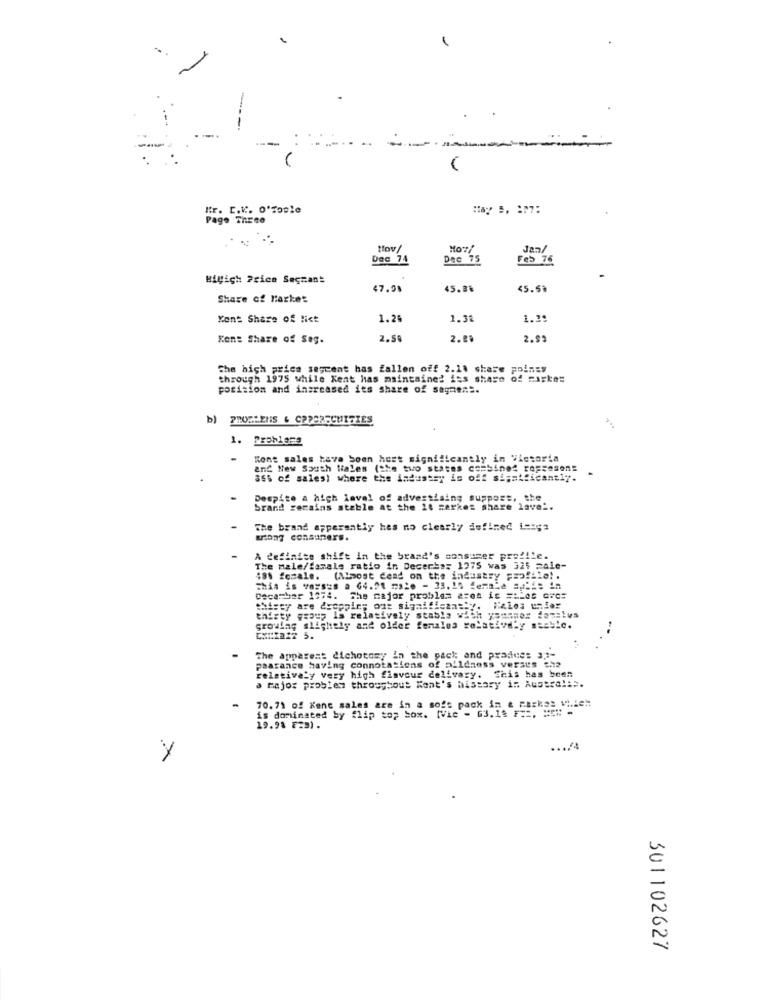
Kr. C.K .. O'toole
Pago ThEne
tov/
Jan/
Dec 74
Dec 75
Feb 76
Bigich Price Seçcant
47.98
45.8%
Share of Market
Kent Share of Niet
1.26
1.38
1.29
Kens Share of seg.
2.50
2.89
2.93
The high price sescent has fallen off 2.14 share points
through 1975 while Kent has maintained its share of carke=
position and increased its share of sagaen".
b) PROBLEMS & CPRORECUITIES
1. Prohlars
-
Kont sales hava Soon hest significantly in Victoria
and New South Wales (the two states combined rop;esen:
ass of sales) where the industry is off significantly.
Despite a high level of advertising support, the
brand zerains stable at the 24 zerkes share lave ..
The brand apperantly hes no clearly defined Lesga
A definite shift In the brand's consumer profile.
The male/famale ratio in Decerta: 1275 was 325 2ale-
481 female. (Almost dead on the industry profile !.
This is verses a 64.51 male - 33.10 fernãa apli: in
Decasher 1974. The major problem area is == Las aves
Chisey are droppin; out significam="y.
thirty group is relatively stable with yousner denElus
growing slightly and older females relativd'y sesble.
CXLIa22 5.
The apparent dichotomy in the pack and pradue: 31-
paarance having connotations of alldaoss versus she
relatively very high flavour delivary. Shis has been
a major problem throughout Kant's history in Austral:".
70.71 of Kene sales are in a soft pack in & Farkas which
is dominated by flip top box. [Vie - 63.18 F ==. = " -
19.98 F29).
.... '4
Y
301102627